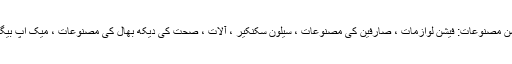
خواتین فیشن مصنوعات: فیشن لوازمات ، صارفین کی مصنوعات ، سیلون سکنکیر ، آلات ، صحت کی دیکھ بھال کی مصنوعات ، میک اپ بیگ ، وغیرہ۔